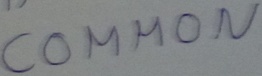
Text: COMMON